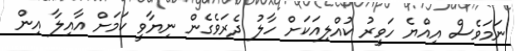
ނަމަވެސް އިއްޔެ ހަވީރު ކުއްލިއަކަށް ހާލު ދެރަވެގެން ނިޔާވީ ކަމަށް އާއިލާ އިން